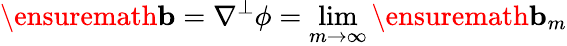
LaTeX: \ensuremath{\mathbf{b}}=\nabla^{\perp}\phi=\operatorname*{lim}_{m\to\infty}\ensuremath{\mathbf{b}}_{m}